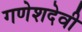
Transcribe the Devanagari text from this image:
गणेशदेवी